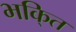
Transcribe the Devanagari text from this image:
भकि्‌त